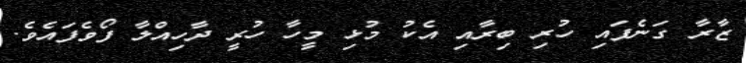
ޒާރާ ގަނެފައި ހުރި ބިރާއި އެކު މުޅި މީހާ ހުރީ ދާހިއްލާ ފޯވެފައެވެ.